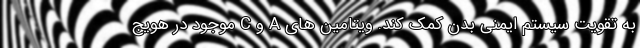
به تقویت سیستم ایمنی بدن کمک کند. ویتامین های A و C موجود در هویج